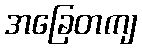
အခြေတကျ